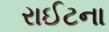
રાઈટના